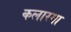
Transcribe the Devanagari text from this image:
कलारगा